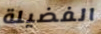
الفضيلة